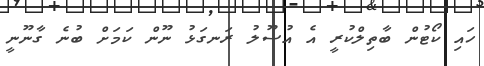
ހައި ކޯޓުން ބާތިލްކުރީ އެ އުސޫލު ރަނގަޅު ނޫން ކަމަށް ބުނެ ގާނޫނީ